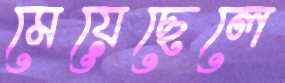
মেয়েছেলে